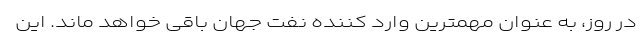
در روز، به عنوان مهمترین وارد کننده نفت جهان باقی خواهد ماند. این